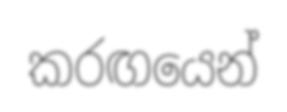
කරඟයෙන්